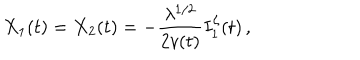
LaTeX: X _ { 1 } ( t ) = X _ { 2 } ( t ) = - \frac { \lambda ^ { 1 / 2 } } { 2 v ( t ) } I _ { 1 } ^ { \zeta } ( t ) \, ,